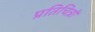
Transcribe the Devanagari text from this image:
प्रतिचित्रों